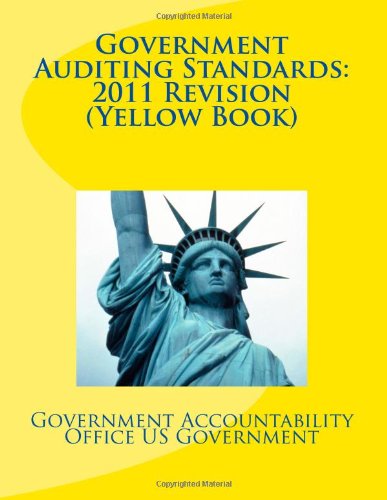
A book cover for Government Auditing Standards: 2011 Revision (Yellow Book); Government Accountability Office US Government; Business & Money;